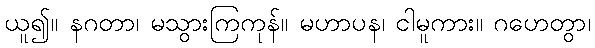
ယူ၍။ နဂတာ၊ မသွားကြကုန်။ မဟာပန၊ ငါမူကား။ ဂဟေတွာ၊